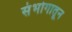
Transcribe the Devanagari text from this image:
संभोगातून